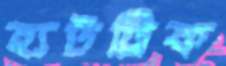
হ্যটট্রিক